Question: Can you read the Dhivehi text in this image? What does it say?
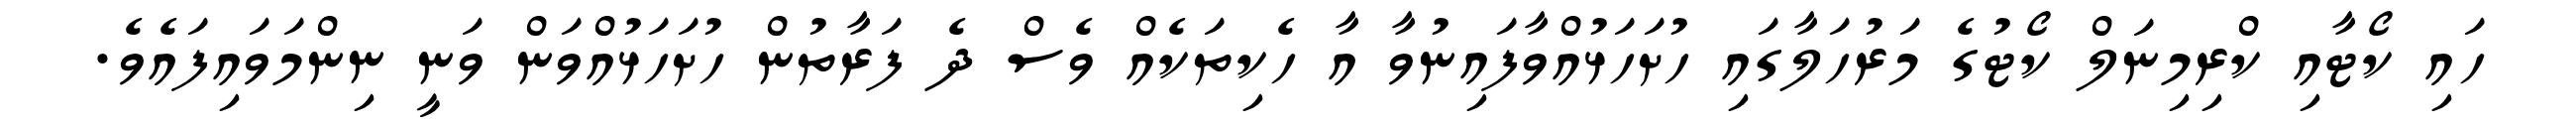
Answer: ހައި ކޯޓާއި ކްރިމިނަލް ކޯޓުގެ މަރުހަލާގައި ހުށަހަޅުއްވާފައިނުވާ އާ ހެކިތަކެއް ވެސް ދެ ފަރާތުން ހުށަހަޅުއްވަން ވަނީ ނިންމަވައިފައެވެ.